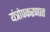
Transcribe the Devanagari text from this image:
यंत्रोपकरणात